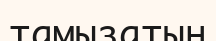
тамызатын